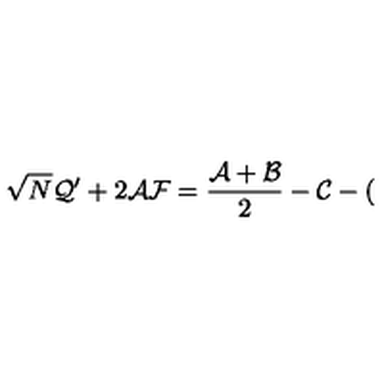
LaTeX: \sqrt { N } { \cal Q } ^ { \prime } + 2 { \cal A F } = \frac { { \cal A } + { \cal B } } { 2 } - { \cal C } - (